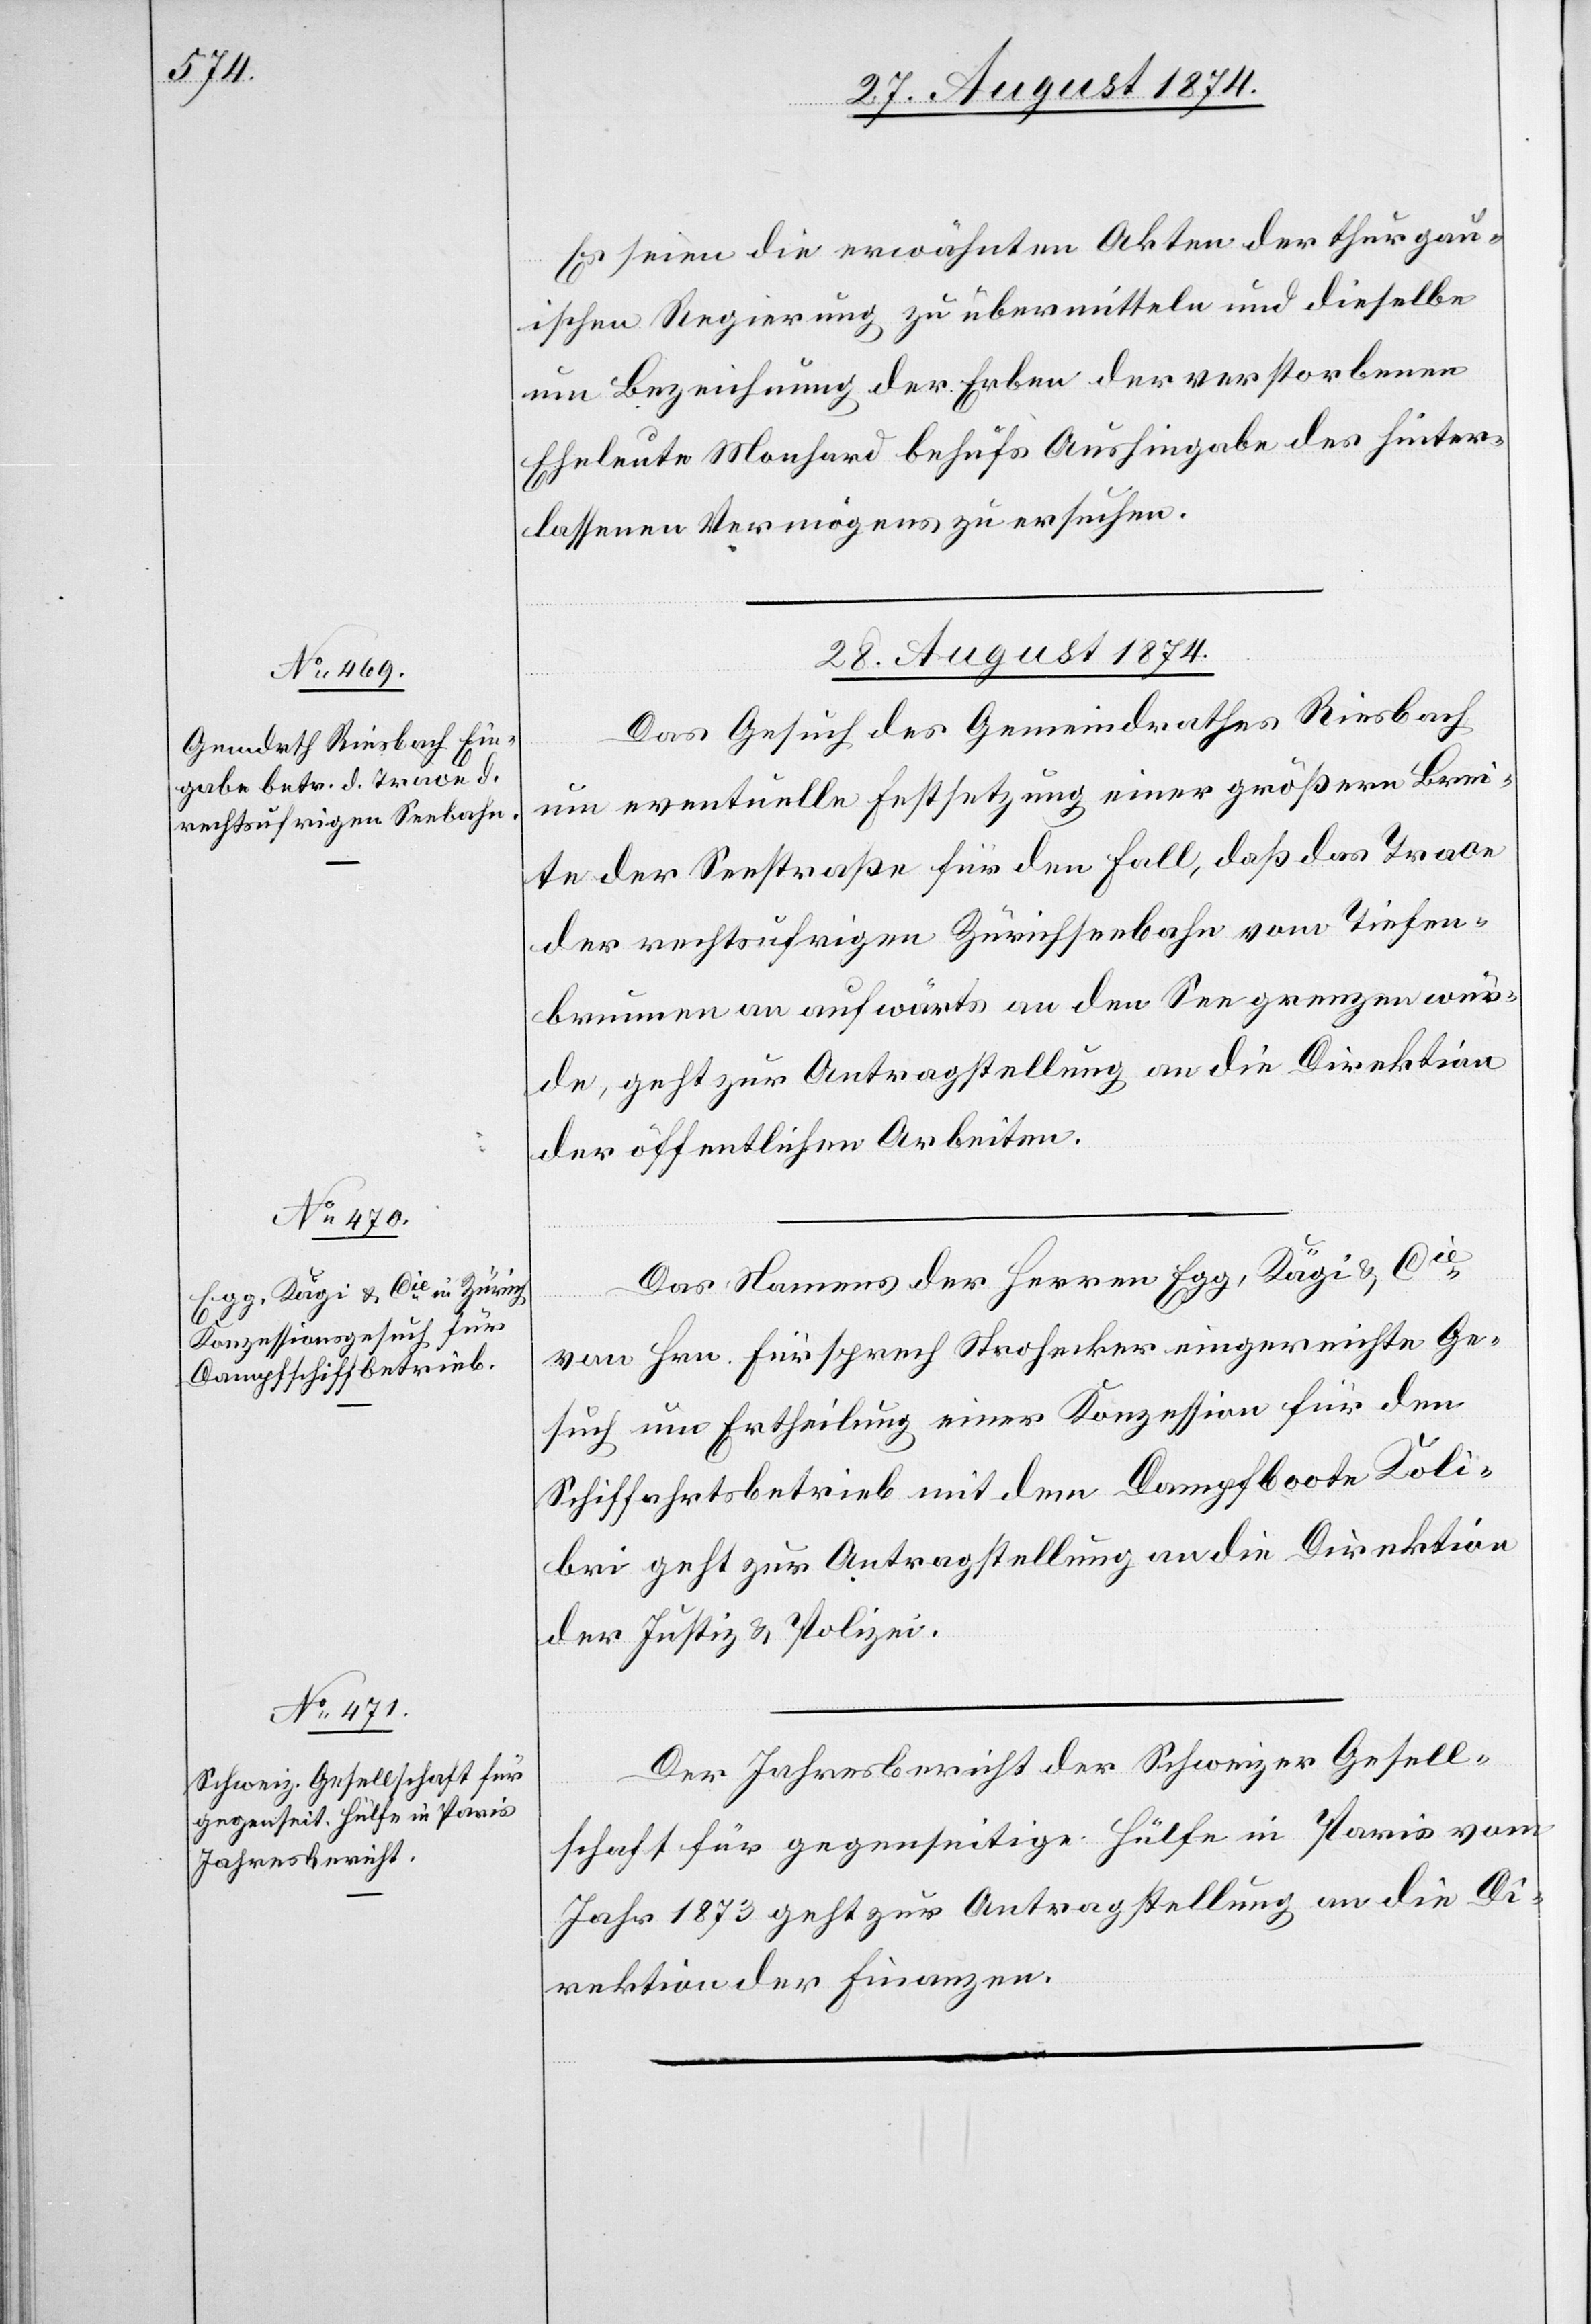
28. August 1874.]
Es seien die erwähnten Akten der thurgau¬
ischen Regierung zu übermitteln und dieselbe
um Bezeichnung der Erben der verstorbenen
Eheleute Monhard behufs Aushingabe des hinter¬
lassenen Vermögens zu ersuchen.
28. August 1874.
Das Gesuch des Gemeindrathes Riesbach
um eventuelle Festsetzung einer größern Brei¬
te der Seestraße für den Fall, daß das Trace
der rechtsufrigen Zürichseebahn vom Tiefen¬
brunnen an aufwärts an den See grenzen wür¬
de, geht zur Antragstellung an die Direktion
der öffentlichen Arbeiten.
Das Namens der Herren Egg, Kägi u. Cie
von Hrn. Fürsprech Strohecker eingereichte Ge¬
such um Ertheilung einer Konzession für den
Schiffahrtsbetrieb mit dem Dampfboote Koli¬
bri geht zur Antragstellung an die Direktion
der Justiz u. Polizei.
Der Jahresbericht der Schweizer Gesell¬
schaft für gegenseitige Hülfe in Paris vom
Jahr 1873 geht zur Antragstellung an die Di¬
rektion der Finanzen.